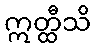
ဣတ္ထီသိ